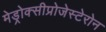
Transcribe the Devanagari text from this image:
मेड्रोक्सीप्रोजेस्टेरोन